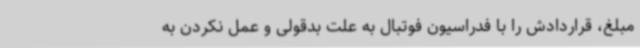
مبلغ، قراردادش را با فدراسیون فوتبال به علت بدقولی و عمل نکردن به